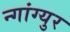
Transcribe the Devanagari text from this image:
न्गांग्युर